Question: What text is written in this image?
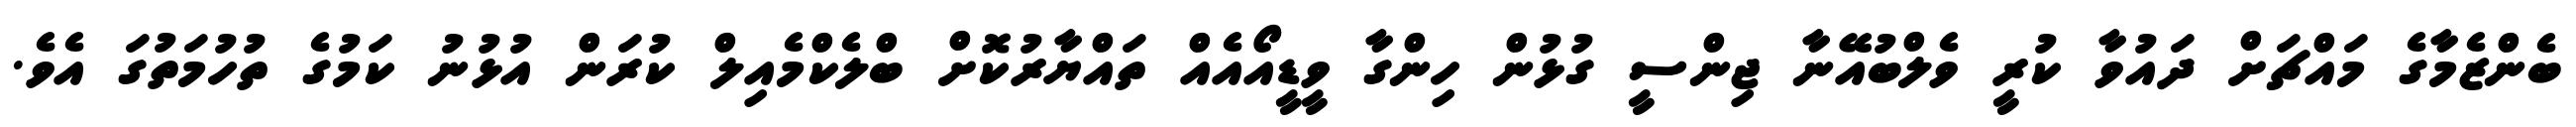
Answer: ބެންޒެމާގެ މައްޗަށް ދައުވާ ކުރީ ވެލްބުއޭނާ ޖިންސީ ގުޅުން ހިންގާ ވީޑީއޯއެއް ތައްޔާރުކޮށް ބްލެކްމެއިލް ކުރަން އުޅުނު ކަމުގެ ތުހުމަތުގަ އެވެ.